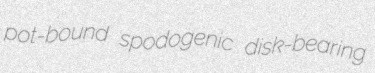
pot-bound spodogenic disk-bearing